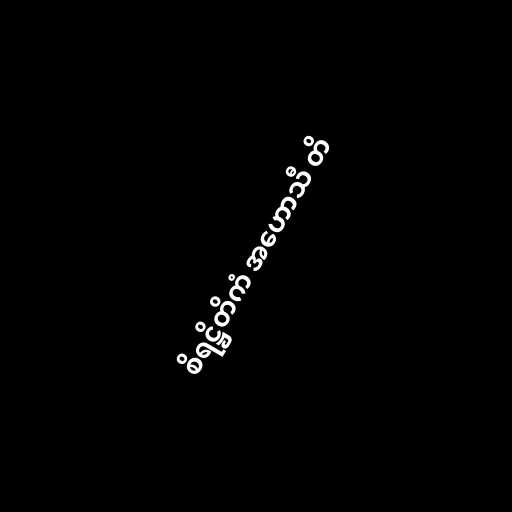
စိရဋ္ဌိတိကံ အဟောသီ တိ